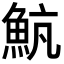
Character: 𩶞